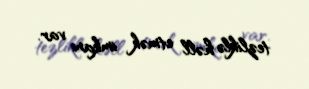
tezliklə həll etmək imkanı var.